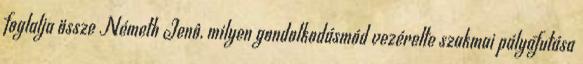
foglalja össze Németh Jenô, milyen gondolkodásmód vezérelte szakmai pályafutása